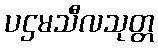
ပဌမသီလသုတ္တ